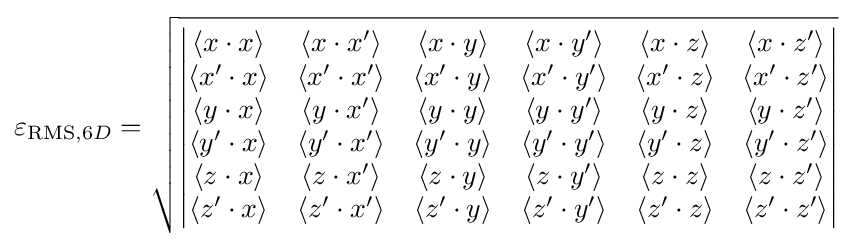
\varepsilon _{{\text{RMS}},6D}={\sqrt {\begin{vmatrix}\langle x\cdot x\rangle &\langle x\cdot x^{\prime }\rangle &\langle x\cdot y\rangle &\langle x\cdot y^{\prime }\rangle &\langle x\cdot z\rangle &\langle x\cdot z^{\prime }\rangle \\\langle x^{\prime }\cdot x\rangle &\langle x^{\prime }\cdot x^{\prime }\rangle &\langle x^{\prime }\cdot y\rangle &\langle x^{\prime }\cdot y^{\prime }\rangle &\langle x^{\prime }\cdot z\rangle &\langle x^{\prime }\cdot z^{\prime }\rangle \\\langle y\cdot x\rangle &\langle y\cdot x^{\prime }\rangle &\langle y\cdot y\rangle &\langle y\cdot y^{\prime }\rangle &\langle y\cdot z\rangle &\langle y\cdot z^{\prime }\rangle \\\langle y^{\prime }\cdot x\rangle &\langle y^{\prime }\cdot x^{\prime }\rangle &\langle y^{\prime }\cdot y\rangle &\langle y^{\prime }\cdot y^{\prime }\rangle &\langle y^{\prime }\cdot z\rangle &\langle y^{\prime }\cdot z^{\prime }\rangle \\\langle z\cdot x\rangle &\langle z\cdot x^{\prime }\rangle &\langle z\cdot y\rangle &\langle z\cdot y^{\prime }\rangle &\langle z\cdot z\rangle &\langle z\cdot z^{\prime }\rangle \\\langle z^{\prime }\cdot x\rangle &\langle z^{\prime }\cdot x^{\prime }\rangle &\langle z^{\prime }\cdot y\rangle &\langle z^{\prime }\cdot y^{\prime }\rangle &\langle z^{\prime }\cdot z\rangle &\langle z^{\prime }\cdot z^{\prime }\rangle \\\end{vmatrix}}}